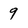
Character: 9